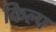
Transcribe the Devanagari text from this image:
किल्प